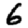
Digit: 6